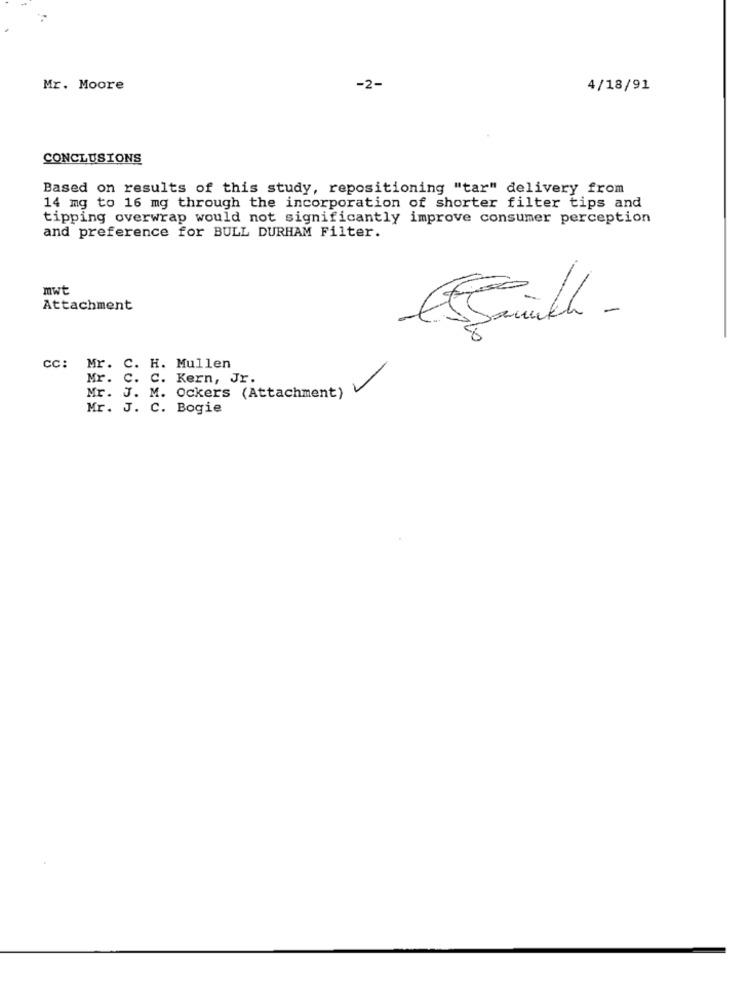
Mr. Moore
-2-
4/18/91
CONCLUSIONS
Based on results of this study, repositioning "tar" delivery from
14 mg to 16 mg through the incorporation of shorter filter tips and
tipping overwrap would not significantly improve consumer perception
and preference for BULL DURHAM Filter.
mwt
Attachment
CC: Mr. C. H. Mullen
Mr. C. C. Kern, Jr.
Mr. J. M. Ockers (Attachment)
Mr. J. C. Bogie